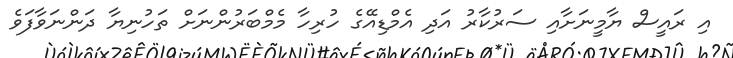
އި ރައީސް ޔާމީނަށާއި ސަރުކާރު އަދި އެމްޑިއޭގެ ހުރިހާ މެމްބަރުންނަށް ތަހުނިޔާ ދަންނަވާފަވެ